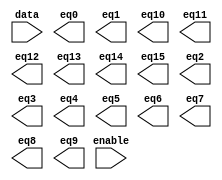
// megafunction wizard: %LPM_DECODE%VBB%
// GENERATION: STANDARD
// VERSION: WM1.0
// MODULE: lpm_decode 

// ============================================================
// Megafunction Name(s):
// 			lpm_decode
//
// Simulation Library Files(s):
// 			lpm
// ============================================================
// ************************************************************
// THIS IS A WIZARD-GENERATED FILE. DO NOT EDIT THIS FILE!
//
// 9.0 Build 132 02/25/2009 SJ Web Edition
// ************************************************************

//Copyright (C) 1991-2009 Altera Corporation
//Your use of Altera Corporation's design tools, logic functions 
//and other software and tools, and its AMPP partner logic 
//functions, and any output files from any of the foregoing 
//(including device programming or simulation files), and any 
//associated documentation or information are expressly subject 
//to the terms and conditions of the Altera Program License 
//Subscription Agreement, Altera MegaCore Function License 
//Agreement, or other applicable license agreement, including, 
//without limitation, that your use is for the sole purpose of 
//programming logic devices manufactured by Altera and sold by 
//Altera or its authorized distributors.  Please refer to the 
//applicable agreement for further details.

module dec_gate (
	data,
	enable,
	eq0,
	eq1,
	eq10,
	eq11,
	eq12,
	eq13,
	eq14,
	eq15,
	eq2,
	eq3,
	eq4,
	eq5,
	eq6,
	eq7,
	eq8,
	eq9);

	input	[3:0]  data;
	input	  enable;
	output	  eq0;
	output	  eq1;
	output	  eq10;
	output	  eq11;
	output	  eq12;
	output	  eq13;
	output	  eq14;
	output	  eq15;
	output	  eq2;
	output	  eq3;
	output	  eq4;
	output	  eq5;
	output	  eq6;
	output	  eq7;
	output	  eq8;
	output	  eq9;

endmodule

// ============================================================
// CNX file retrieval info
// ============================================================
// Retrieval info: PRIVATE: BaseDec NUMERIC "1"
// Retrieval info: PRIVATE: EnableInput NUMERIC "1"
// Retrieval info: PRIVATE: INTENDED_DEVICE_FAMILY STRING "Stratix II"
// Retrieval info: PRIVATE: LPM_PIPELINE NUMERIC "0"
// Retrieval info: PRIVATE: Latency NUMERIC "0"
// Retrieval info: PRIVATE: SYNTH_WRAPPER_GEN_POSTFIX STRING "0"
// Retrieval info: PRIVATE: aclr NUMERIC "0"
// Retrieval info: PRIVATE: clken NUMERIC "0"
// Retrieval info: PRIVATE: eq0 NUMERIC "1"
// Retrieval info: PRIVATE: eq1 NUMERIC "1"
// Retrieval info: PRIVATE: eq10 NUMERIC "1"
// Retrieval info: PRIVATE: eq11 NUMERIC "1"
// Retrieval info: PRIVATE: eq12 NUMERIC "1"
// Retrieval info: PRIVATE: eq13 NUMERIC "1"
// Retrieval info: PRIVATE: eq14 NUMERIC "1"
// Retrieval info: PRIVATE: eq15 NUMERIC "1"
// Retrieval info: PRIVATE: eq2 NUMERIC "1"
// Retrieval info: PRIVATE: eq3 NUMERIC "1"
// Retrieval info: PRIVATE: eq4 NUMERIC "1"
// Retrieval info: PRIVATE: eq5 NUMERIC "1"
// Retrieval info: PRIVATE: eq6 NUMERIC "1"
// Retrieval info: PRIVATE: eq7 NUMERIC "1"
// Retrieval info: PRIVATE: eq8 NUMERIC "1"
// Retrieval info: PRIVATE: eq9 NUMERIC "1"
// Retrieval info: PRIVATE: nBit NUMERIC "4"
// Retrieval info: CONSTANT: LPM_DECODES NUMERIC "16"
// Retrieval info: CONSTANT: LPM_TYPE STRING "LPM_DECODE"
// Retrieval info: CONSTANT: LPM_WIDTH NUMERIC "4"
// Retrieval info: USED_PORT: @eq 0 0 LPM_DECODES 0 OUTPUT NODEFVAL @eq[LPM_DECODES-1..0]
// Retrieval info: USED_PORT: data 0 0 4 0 INPUT NODEFVAL data[3..0]
// Retrieval info: USED_PORT: enable 0 0 0 0 INPUT NODEFVAL enable
// Retrieval info: USED_PORT: eq0 0 0 0 0 OUTPUT NODEFVAL eq0
// Retrieval info: USED_PORT: eq1 0 0 0 0 OUTPUT NODEFVAL eq1
// Retrieval info: USED_PORT: eq10 0 0 0 0 OUTPUT NODEFVAL eq10
// Retrieval info: USED_PORT: eq11 0 0 0 0 OUTPUT NODEFVAL eq11
// Retrieval info: USED_PORT: eq12 0 0 0 0 OUTPUT NODEFVAL eq12
// Retrieval info: USED_PORT: eq13 0 0 0 0 OUTPUT NODEFVAL eq13
// Retrieval info: USED_PORT: eq14 0 0 0 0 OUTPUT NODEFVAL eq14
// Retrieval info: USED_PORT: eq15 0 0 0 0 OUTPUT NODEFVAL eq15
// Retrieval info: USED_PORT: eq2 0 0 0 0 OUTPUT NODEFVAL eq2
// Retrieval info: USED_PORT: eq3 0 0 0 0 OUTPUT NODEFVAL eq3
// Retrieval info: USED_PORT: eq4 0 0 0 0 OUTPUT NODEFVAL eq4
// Retrieval info: USED_PORT: eq5 0 0 0 0 OUTPUT NODEFVAL eq5
// Retrieval info: USED_PORT: eq6 0 0 0 0 OUTPUT NODEFVAL eq6
// Retrieval info: USED_PORT: eq7 0 0 0 0 OUTPUT NODEFVAL eq7
// Retrieval info: USED_PORT: eq8 0 0 0 0 OUTPUT NODEFVAL eq8
// Retrieval info: USED_PORT: eq9 0 0 0 0 OUTPUT NODEFVAL eq9
// Retrieval info: CONNECT: @data 0 0 4 0 data 0 0 4 0
// Retrieval info: CONNECT: @enable 0 0 0 0 enable 0 0 0 0
// Retrieval info: CONNECT: eq0 0 0 0 0 @eq 0 0 1 0
// Retrieval info: CONNECT: eq1 0 0 0 0 @eq 0 0 1 1
// Retrieval info: CONNECT: eq2 0 0 0 0 @eq 0 0 1 2
// Retrieval info: CONNECT: eq3 0 0 0 0 @eq 0 0 1 3
// Retrieval info: CONNECT: eq4 0 0 0 0 @eq 0 0 1 4
// Retrieval info: CONNECT: eq5 0 0 0 0 @eq 0 0 1 5
// Retrieval info: CONNECT: eq6 0 0 0 0 @eq 0 0 1 6
// Retrieval info: CONNECT: eq7 0 0 0 0 @eq 0 0 1 7
// Retrieval info: CONNECT: eq8 0 0 0 0 @eq 0 0 1 8
// Retrieval info: CONNECT: eq9 0 0 0 0 @eq 0 0 1 9
// Retrieval info: CONNECT: eq10 0 0 0 0 @eq 0 0 1 10
// Retrieval info: CONNECT: eq11 0 0 0 0 @eq 0 0 1 11
// Retrieval info: CONNECT: eq12 0 0 0 0 @eq 0 0 1 12
// Retrieval info: CONNECT: eq13 0 0 0 0 @eq 0 0 1 13
// Retrieval info: CONNECT: eq14 0 0 0 0 @eq 0 0 1 14
// Retrieval info: CONNECT: eq15 0 0 0 0 @eq 0 0 1 15
// Retrieval info: LIBRARY: lpm lpm.lpm_components.all
// Retrieval info: GEN_FILE: TYPE_NORMAL dec_gate.v TRUE
// Retrieval info: GEN_FILE: TYPE_NORMAL dec_gate.inc TRUE
// Retrieval info: GEN_FILE: TYPE_NORMAL dec_gate.cmp FALSE
// Retrieval info: GEN_FILE: TYPE_NORMAL dec_gate.bsf TRUE FALSE
// Retrieval info: GEN_FILE: TYPE_NORMAL dec_gate_inst.v FALSE
// Retrieval info: GEN_FILE: TYPE_NORMAL dec_gate_bb.v TRUE
// Retrieval info: LIB_FILE: lpm